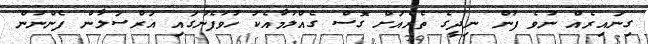
ގިނައިރެއް ނުވެ ފުން ނިދީގެ ތެރެއަށް ގޮސް ގެއްލުމާއެކު ހުވަފެނުގައި އަރްސަލާން ފެންނަން